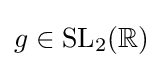
g\in \mathrm {SL} _{2}(\mathbb {R} )